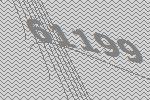
61199